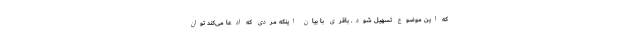
که این موضوع تسهیل شود. باقری با بیان اینکه مردی که ادعا می‌کند توان